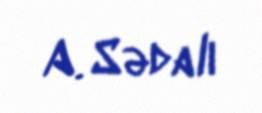
A. Sədalı